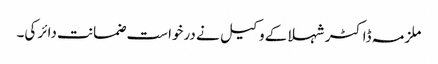
ملزمہ ڈاکٹر شہلا کے وکیل نے درخواست ضمانت دائر کی۔